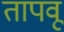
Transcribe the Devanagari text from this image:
तापवू